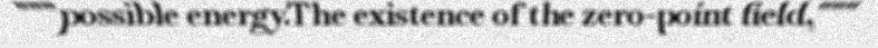
"""possible energy.The existence of the zero-point field,"""